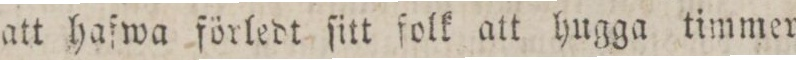
att haſwa förledt ſitt folk att hugga timmer